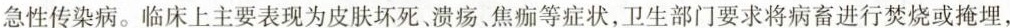
急性传染病。临床上主要表现为皮肤坏死、溃疡、焦痂等症状，卫生部门要求将病畜进行焚烧或掩埋，